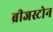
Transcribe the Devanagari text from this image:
ब्रीजस्टोन